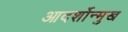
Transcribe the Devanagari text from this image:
आदर्शोन्‍मुख